Vaccination United Provinces of Agra and Oudh 1902-1913 - 1902-1913
Year: 1902
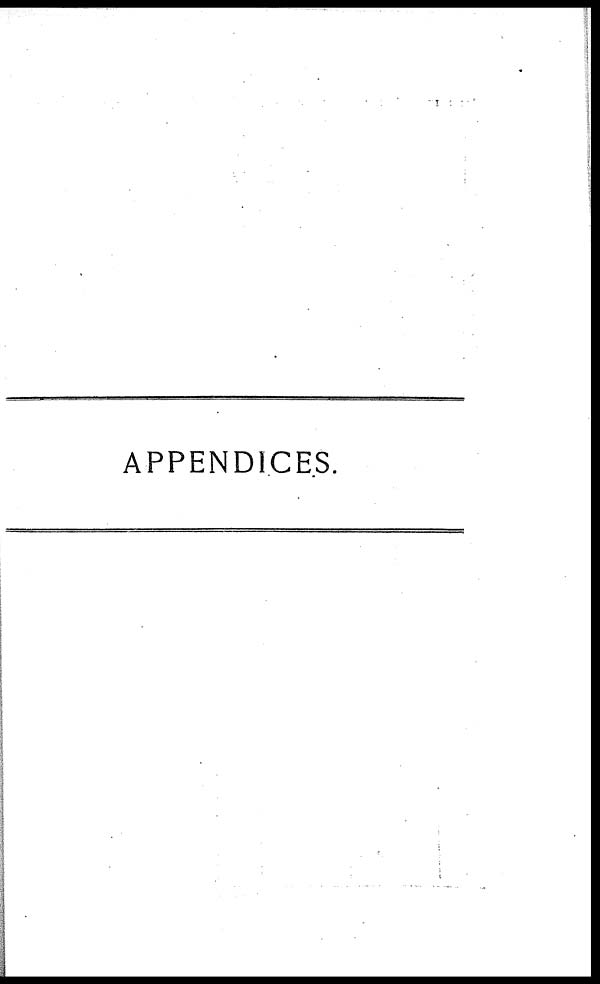
APPENDICES.